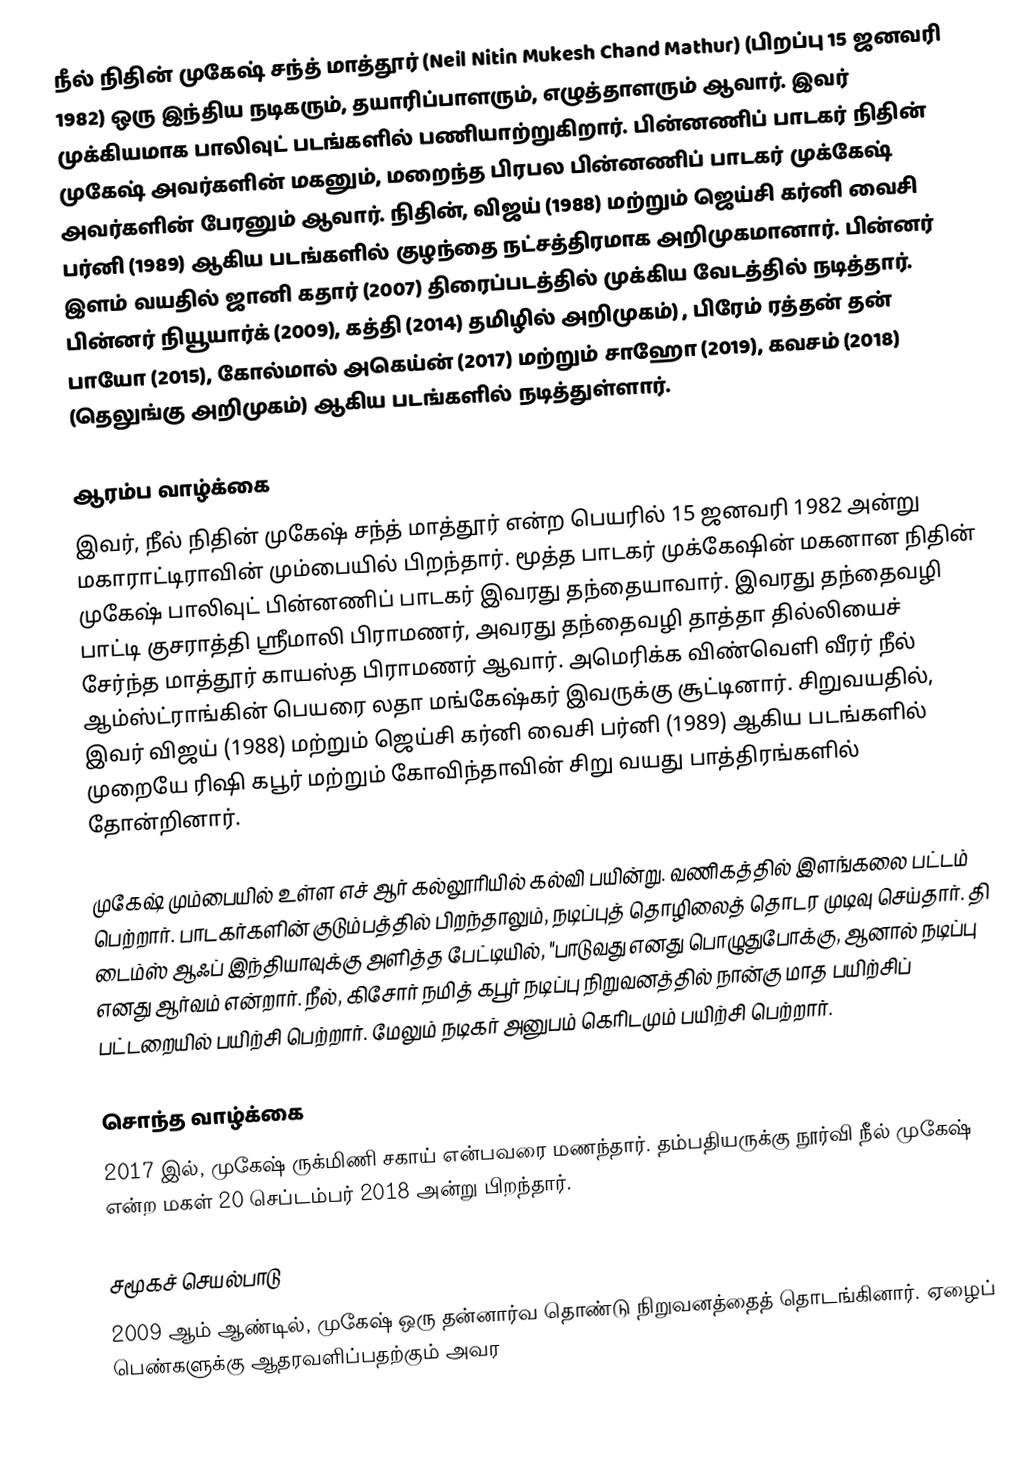
நீல் நிதின் முகேஷ் சந்த் மாத்தூர் (Neil Nitin Mukesh Chand Mathur) (பிறப்பு 15 ஜனவரி 1982) ஒரு இந்திய நடிகரும், தயாரிப்பாளரும், எழுத்தாளரும் ஆவார். இவர் முக்கியமாக பாலிவுட் படங்களில் பணியாற்றுகிறார். பின்னணிப் பாடகர் நிதின் முகேஷ் அவர்களின் மகனும், மறைந்த பிரபல பின்னணிப் பாடகர் முக்கேஷ் அவர்களின் பேரனும் ஆவார்.  நிதின், விஜய் (1988) மற்றும் ஜெய்சி கர்னி வைசி பர்னி (1989) ஆகிய படங்களில் குழந்தை நட்சத்திரமாக அறிமுகமானார். பின்னர் இளம் வயதில் ஜானி கதார் (2007) திரைப்படத்தில் முக்கிய வேடத்தில் நடித்தார். பின்னர் நியூயார்க் (2009), கத்தி (2014) தமிழில் அறிமுகம்) , பிரேம் ரத்தன் தன் பாயோ (2015), கோல்மால் அகெய்ன் (2017) மற்றும் சாஹோ (2019), கவசம் (2018) (தெலுங்கு அறிமுகம்) ஆகிய படங்களில் நடித்துள்ளார்.

ஆரம்ப வாழ்க்கை
இவர், நீல் நிதின் முகேஷ் சந்த் மாத்தூர் என்ற பெயரில் 15 ஜனவரி 1982 அன்று மகாராட்டிராவின் மும்பையில் பிறந்தார். மூத்த பாடகர் முக்கேஷின் மகனான நிதின் முகேஷ் பாலிவுட் பின்னணிப் பாடகர் இவரது தந்தையாவார். இவரது தந்தைவழி பாட்டி குசராத்தி ஸ்ரீமாலி பிராமணர், அவரது தந்தைவழி தாத்தா தில்லியைச் சேர்ந்த மாத்தூர் காயஸ்த பிராமணர் ஆவார். அமெரிக்க விண்வெளி வீரர் நீல் ஆம்ஸ்ட்ராங்கின் பெயரை லதா மங்கேஷ்கர் இவருக்கு சூட்டினார். சிறுவயதில், இவர் விஜய் (1988) மற்றும் ஜெய்சி கர்னி வைசி பர்னி (1989) ஆகிய படங்களில் முறையே ரிஷி கபூர் மற்றும் கோவிந்தாவின் சிறு வயது பாத்திரங்களில் தோன்றினார்.

முகேஷ் மும்பையில் உள்ள எச் ஆர் கல்லூரியில் கல்வி பயின்று. வணிகத்தில் இளங்கலை பட்டம் பெற்றார். பாடகர்களின் குடும்பத்தில் பிறந்தாலும், நடிப்புத் தொழிலைத் தொடர முடிவு செய்தார்.  தி டைம்ஸ் ஆஃப் இந்தியாவுக்கு அளித்த பேட்டியில்,  "பாடுவது எனது பொழுதுபோக்கு, ஆனால் நடிப்பு எனது ஆர்வம் என்றார். நீல், கிசோர் நமித் கபூர் நடிப்பு நிறுவனத்தில் நான்கு மாத பயிற்சிப் பட்டறையில் பயிற்சி பெற்றார். மேலும் நடிகர் அனுபம் கெரிடமும் பயிற்சி பெற்றார்.

சொந்த வாழ்க்கை
2017 இல், முகேஷ் ருக்மிணி சகாய் என்பவரை மணந்தார். தம்பதியருக்கு நூர்வி நீல் முகேஷ் என்ற மகள் 20 செப்டம்பர் 2018 அன்று பிறந்தார்.

சமூகச் செயல்பாடு
2009 ஆம் ஆண்டில், முகேஷ் ஒரு தன்னார்வ தொண்டு நிறுவனத்தைத் தொடங்கினார். ஏழைப் பெண்களுக்கு ஆதரவளிப்பதற்கும் அவர